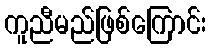
ကူညီမည်ဖြစ်ကြောင်း